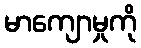
မာကျောမှုကို